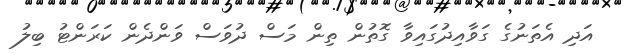
އަދި އެތަނުގެ ގަވާއިދުގައިވާ ގޮތުން ތިން މަސް ދުވަސް ވަންދެން ކަރަންޓު ބިލު